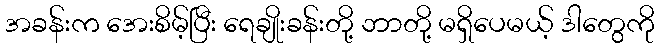
အခန်းက အေးစိမ့်ပြီး ရေချိုးခန်းတို့ ဘာတို့ မရှိပေမယ့် ဒါတွေကို